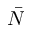
\bar { N }